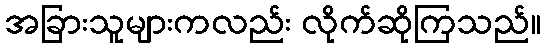
အခြားသူများကလည်း လိုက်ဆိုကြသည်။